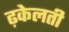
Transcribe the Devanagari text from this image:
ढ़केलती